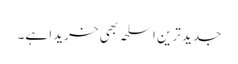
جدید ترین اسلحہ بھی خریدا ہے۔